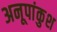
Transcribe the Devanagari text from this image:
अनूपांकुश